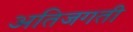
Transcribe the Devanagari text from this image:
अतिजगती